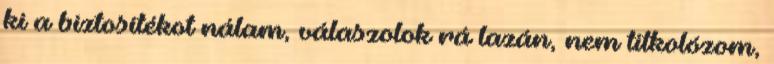
ki a biztosítékot nálam, válaszolok rá lazán, nem titkolózom,